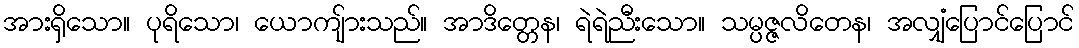
အားရှိသော။ ပုရိသော၊ ယောကျ်ားသည်။ အာဒိတ္တေန၊ ရဲရဲညီးသော။ သမ္ပဇ္ဇလိတေန၊ အလျှံပြောင်ပြောင်